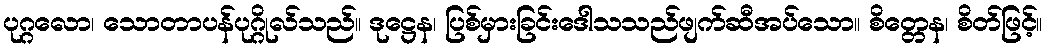
ပုဂ္ဂလော၊ သောတာပန်ပုဂ္ဂိုလ်သည်။ ဒုဋ္ဌေန၊ ပြစ်မှားခြင်းဒေါသသည်ဖျက်ဆီအပ်သော။ စိတ္တေန၊ စိတ်ဖြင့်။